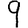
Digit: 9